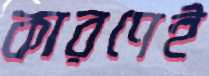
কারণেই